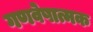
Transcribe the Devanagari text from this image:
गणवेषात्मक